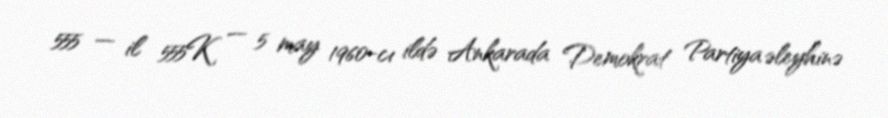
555 — il 555K — 5 may 1960-cı ildə Ankarada Demokrat Partiya əleyhinə